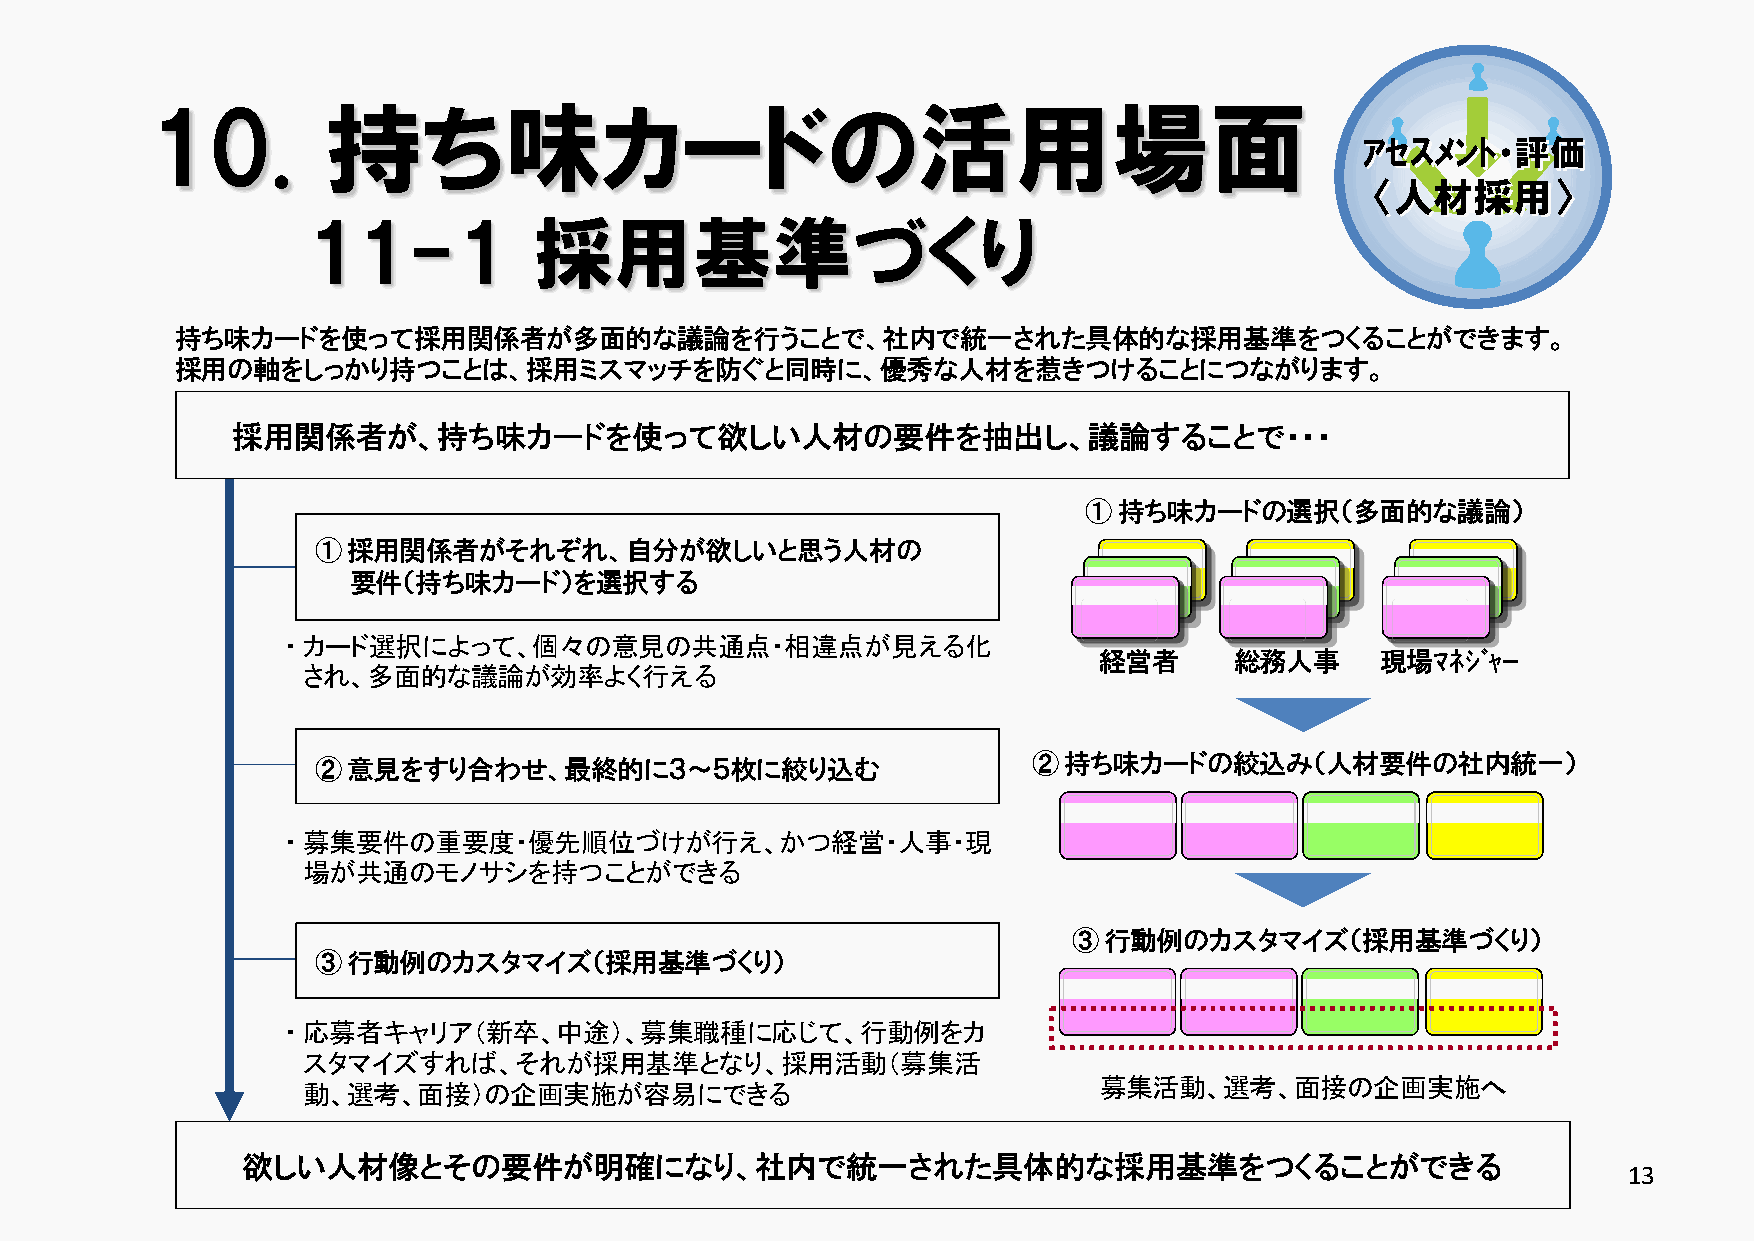
10.         持ち味カードの活用場面
 ｱｾｽﾒﾝﾄ・評価
 〈人材採用〉
 11-1           採用基準づくり
 持ち味カードを使って採用関係者が多面的な議論を行うことで、社内で統一された具体的な採用基準をつくることができます。
 採用の軸をしっかり持つことは、採用ミスマッチを防ぐと同時に、優秀な人材を惹きつけることにつながります。
 採用関係者が、持ち味カードを使って欲しい人材の要件を抽出し、議論することで・・・
 ①持ち味カードの選択（多面的な議論）
 ①採用関係者がそれぞれ、自分が欲しいと思う人材の
 要件（持ち味カード）を選択する
 ▪ カード選択によって、個々の意見の共通点・相違点が見える化
 経営者      総務人事     現場ﾏﾈｼﾞｬｰ
 され、多面的な議論が効率よく行える
 ②持ち味カードの絞込み（人材要件の社内統一）
 ②意見をすり合わせ、最終的に３～５枚に絞り込む
 ▪ 募集要件の重要度・優先順位づけが行え、かつ経営・人事・現
 場が共通のモノサシを持つことができる
 ③行動例のカスタマイズ（採用基準づくり）
 ③行動例のカスタマイズ（採用基準づくり）
 ▪ 応募者キャリア（新卒、中途）、募集職種に応じて、行動例をカ
 スタマイズすれば、それが採用基準となり、採用活動（募集活
 募集活動、選考、面接の企画実施へ
 動、選考、面接）の企画実施が容易にできる
 欲しい人材像とその要件が明確になり、社内で統一された具体的な採用基準をつくることができる
 13